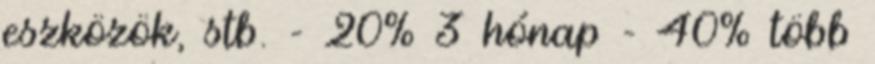
eszközök, stb. - 20% 3 hónap - 40% több